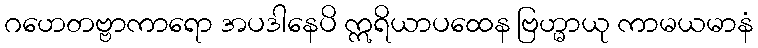
ဂဟေတဗ္ဗာကာရော အပဒါနေပိ ဣရိယာပထေန ဗြဟ္မာယု ကာမယမာနံ